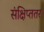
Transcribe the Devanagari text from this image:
संक्षिप्ततर